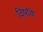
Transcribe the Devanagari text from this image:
विषयि